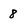
Character: 8